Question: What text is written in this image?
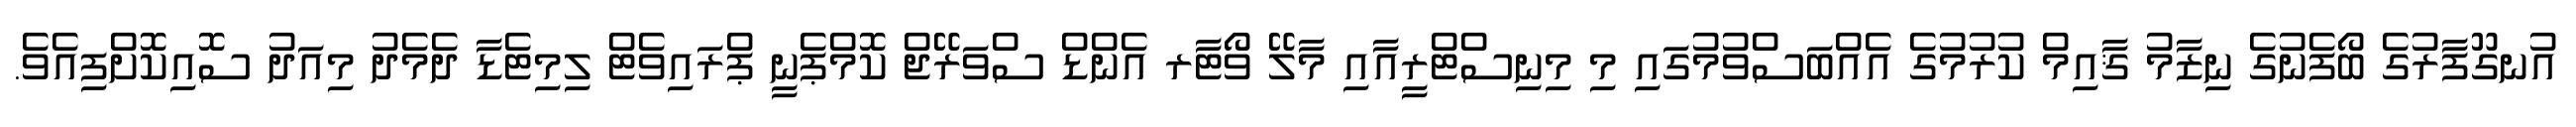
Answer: އުނގޫފާރުގެ ބޯފެނުގެ ނިޒާމު ޤާއިމް ކުރުމުގެ އެއްބަސްވުމުގައި މި މިނިސްޓްރީއާއި މާލޭ ވޯޓާރ އެންޑް ސްވަރޭޖް ކޮމްޕެނީ ޕްރައިވެޓް ލިމިޓެޑާ ދެމެދު މިއަދު ސޮއިކޮށްފިއެވެ.